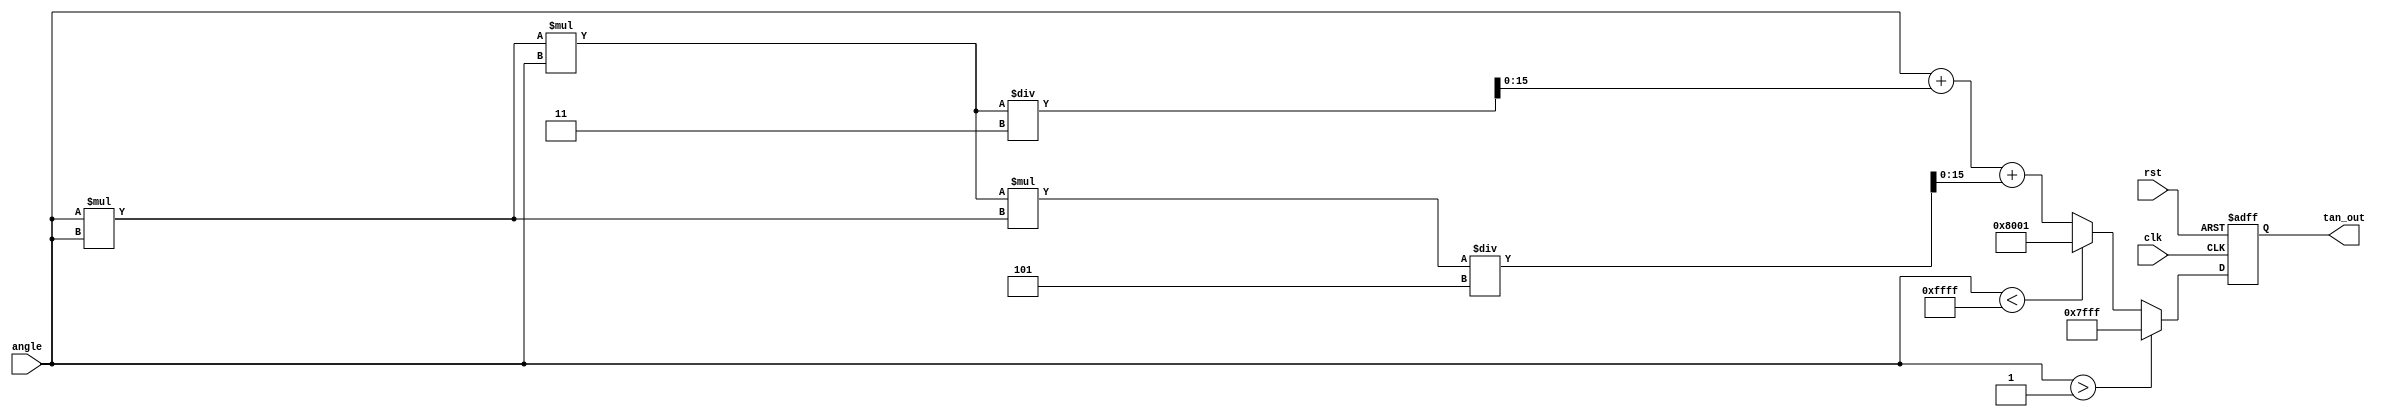
module tan_arithmetic_block (
    input  wire [15:0] angle,   // Input angle in radians (16-bit fixed-point)
    output reg  [15:0] tan_out,  // Output tangent value (16-bit fixed-point)
    input  wire clk,             // Clock signal
    input  wire rst              // Reset signal
);

    // Constants for fixed-point representation
    parameter FIXED_POINT_FRACTIONAL_BITS = 12; // Number of fractional bits
    parameter PI_OVER_2 = 16'h0001; // Approximation of /2 in fixed-point
    parameter MAX_TAN_VALUE = 16'h7FFF; // Maximum representable value for tan (saturation)

    // Taylor series coefficients for tan(x) = x + x^3/3 + x^5/5 + ...
    reg [31:0] x_squared;
    reg [31:0] x_cubed;
    reg [31:0] x_fifth;
    reg [31:0] tan_approx;

    always @(posedge clk or posedge rst) begin
        if (rst) begin
            tan_out <= 16'b0;
        end else begin
            // Normalize input angle to the range [-/2, /2]
            if (angle > PI_OVER_2) begin
                tan_out <= MAX_TAN_VALUE; // Saturate for angles > /2
            end else if (angle < -PI_OVER_2) begin
                tan_out <= -MAX_TAN_VALUE; // Saturate for angles < -/2
            end else begin
                // Compute the Taylor series approximation
                x_squared = angle * angle; // x^2
                x_cubed = x_squared * angle; // x^3
                x_fifth = x_cubed * x_squared; // x^5

                // tan(x) = x + (x^3 / 3) + (x^5 / 5)
                tan_approx = angle + (x_cubed / 3) + (x_fifth / 5);

                // Convert to fixed-point and assign to output
                tan_out <= tan_approx[15:0]; // Truncate to 16 bits
            end
        end
    end

endmodule